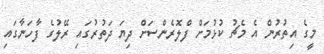
މީގެ އިތުރުން އެ މެޗު ކުޅުމަށް ފްލޮރެންސަށް ދިޔަ ދަތުރުގައި ރޭލުގެ ފާހަނާގައި